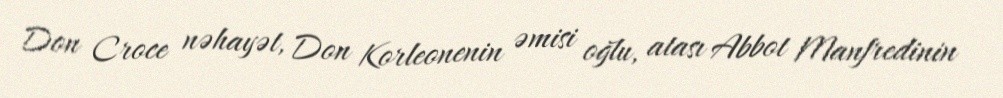
Don Croce nəhayət, Don Korleonenin əmisi oğlu, atası Abbot Manfredinin